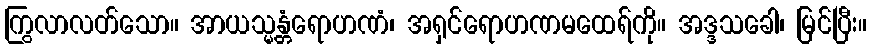
ကြွလာလတ်သော။ အာယသ္မန္တံရောဟဏံ၊ အရှင်ရောဟဏမထေရ်ကို။ အဒ္ဒသခေါ၊ မြင်ပြီး။